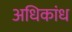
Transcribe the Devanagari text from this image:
अधिकांध